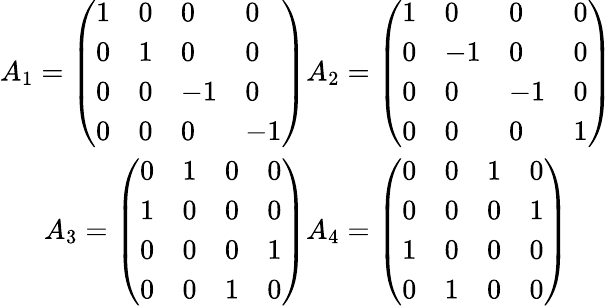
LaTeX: \begin{array}{c}{{A_{1}=\left(\begin{array}{llll}{{1}}&{{0}}&{{0}}&{{0}}\\ {{0}}&{{1}}&{{0}}&{{0}}\\ {{0}}&{{0}}&{{-1}}&{{0}}\\ {{0}}&{{0}}&{{0}}&{{-1}}\end{array}\right)A_{2}=\left(\begin{array}{llll}{{1}}&{{0}}&{{0}}&{{0}}\\ {{0}}&{{-1}}&{{0}}&{{0}}\\ {{0}}&{{0}}&{{-1}}&{{0}}\\ {{0}}&{{0}}&{{0}}&{{1}}\end{array}\right)}}\\ {{A_{3}=\left(\begin{array}{llll}{{0}}&{{1}}&{{0}}&{{0}}\\ {{1}}&{{0}}&{{0}}&{{0}}\\ {{0}}&{{0}}&{{0}}&{{1}}\\ {{0}}&{{0}}&{{1}}&{{0}}\end{array}\right)A_{4}=\left(\begin{array}{llll}{{0}}&{{0}}&{{1}}&{{0}}\\ {{0}}&{{0}}&{{0}}&{{1}}\\ {{1}}&{{0}}&{{0}}&{{0}}\\ {{0}}&{{1}}&{{0}}&{{0}}\end{array}\right)}}\end{array}